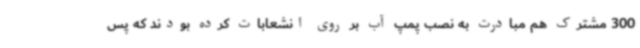
300 مشترک هم مبادرت به نصب پمپ آب بر روی انشعابات کرده بودند که پس